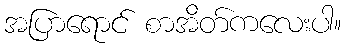
အပြာရောင် စာအိတ်ကလေးပါ။